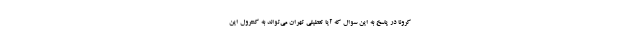
کرونا در پاسخ به این سوال که آیا تعطیلی تهران می‌تواند به کنترول این